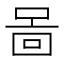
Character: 啚